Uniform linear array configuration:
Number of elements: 12
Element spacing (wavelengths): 1
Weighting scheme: hann
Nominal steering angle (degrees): -60
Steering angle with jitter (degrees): -58.022
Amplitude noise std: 0.05
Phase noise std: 0.05

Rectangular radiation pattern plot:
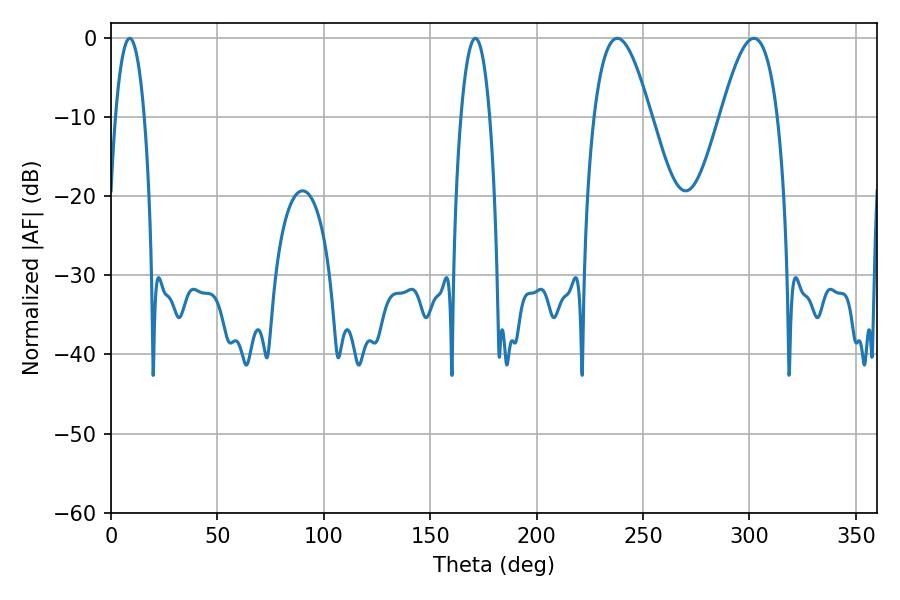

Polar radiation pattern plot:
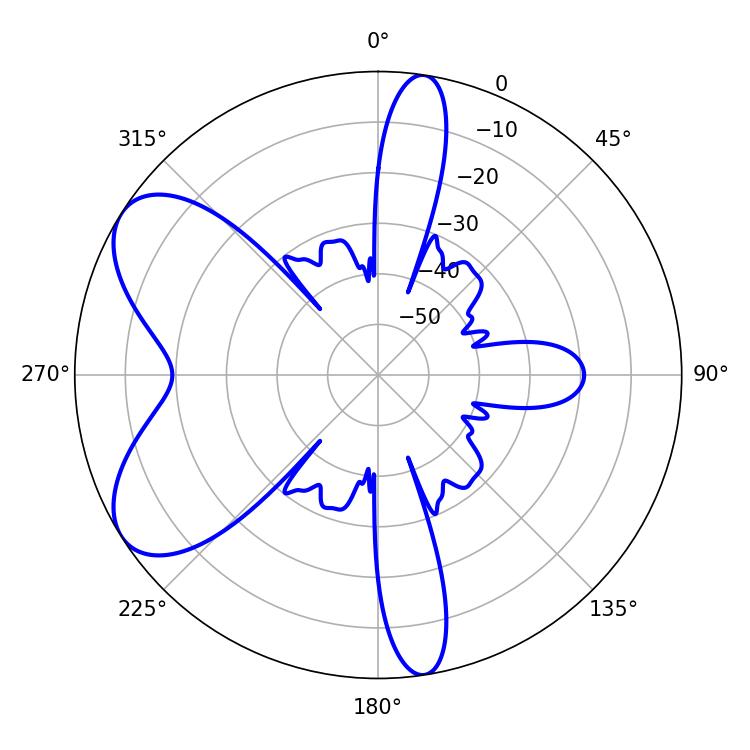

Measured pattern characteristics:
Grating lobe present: TRUE
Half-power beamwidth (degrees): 14.4
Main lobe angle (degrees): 237.96